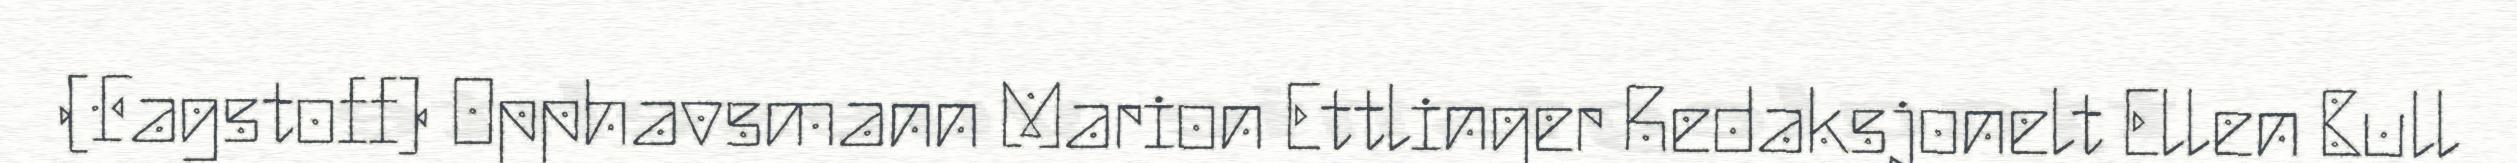
(Fagstoff) Opphavsmann Marion Ettlinger Redaksjonelt Ellen Bull